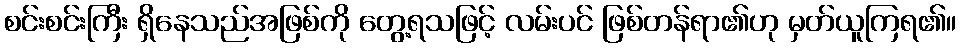
စင်းစင်းကြီး ရှိနေသည်အဖြစ်ကို တွေ့ရသဖြင့် လမ်းပင် ဖြစ်တန်ရာ၏ဟု မှတ်ယူကြရ၏။